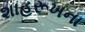
શાહરૂખના